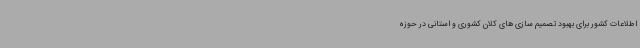
اطلاعات کشور برای بهبود تصمیم سازی های کلان کشوری و استانی در حوزه